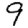
Digit: 9